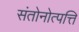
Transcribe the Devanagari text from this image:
संतोनोत्पत्ति